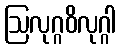
ဩလုဂ္ဂဝိလုဂ္ဂါ